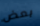
بعض